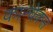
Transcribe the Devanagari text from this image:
कान्वेक्स